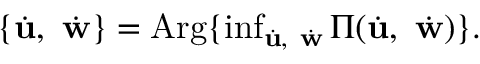
\begin{array} { r } { \lbrace \dot { \mathbf { u } } , \ \dot { \mathbf { w } } \rbrace = \mathrm { A r g } \lbrace \operatorname* { i n f } _ { \dot { \mathbf { u } } , \ \dot { \mathbf { w } } } \Pi ( \dot { \mathbf { u } } , \ \dot { \mathbf { w } } ) \rbrace . } \end{array}